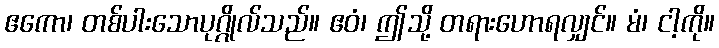
ဧကော၊ တစ်ပါးသောပုဂ္ဂိုလ်သည်။ ဧဝံ၊ ဤသို့ တရားဟောရလျှင်။ မံ၊ ငါ့ကို။